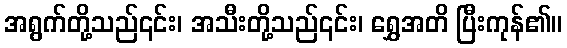
အရွက်တို့သည်၎င်း၊ အသီးတို့သည်၎င်း၊ ရွှေအတိ ပြီးကုန်၏။